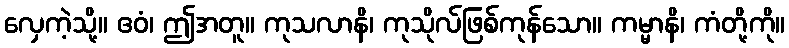
လှေကဲ့သို့။ ဧဝံ၊ ဤအတူ။ ကုသလာနိ၊ ကုသိုလ်ဖြစ်ကုန်သော။ ကမ္မာနိ၊ ကံတို့ကို။